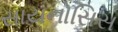
સાયનોસિસ